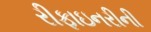
રીફાઇનરીની